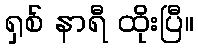
ရှစ် နာရီ ထိုးပြီ။